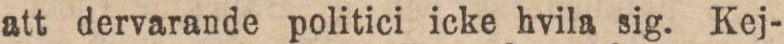
att dervarande politici icke hvila sig. Kej-